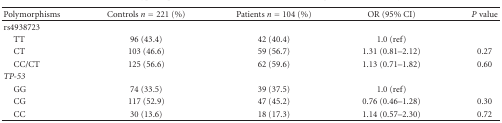
| Polymorphisms | Controls n = 221 (%) | Patients n = 104 (%) | OR (95% CI) | P value |
 | --- | --- | --- | --- | --- |
 | rs4938723 |  |  |  |  |
 | TT | 96 (43.4) | 42 (40.4) | 1.0 (ref) |  |
 | CT | 103 (46.6) | 59 (56.7) | 1.31 (0.81–2.12) | 0.27 |
 | CC/CT | 125 (56.6) | 62 (59.6) | 1.13 (0.71–1.82) | 0.60 |
 | TP-53 |  |  |  |  |
 | GG | 74 (33.5) | 39 (37.5) | 1.0 (ref) |  |
 | CG | 117 (52.9) | 47 (45.2) | 0.76 (0.46–1.28) | 0.30 |
 | CC | 30 (13.6) | 18 (17.3) | 1.14 (0.57–2.30) | 0.72 |